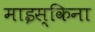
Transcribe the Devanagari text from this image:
माइस्किना